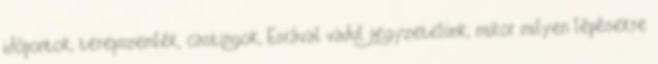
időpontok, terepszemlék, castingok, Esrával vadul jegyzetelünk, mikor milyen lépésekre